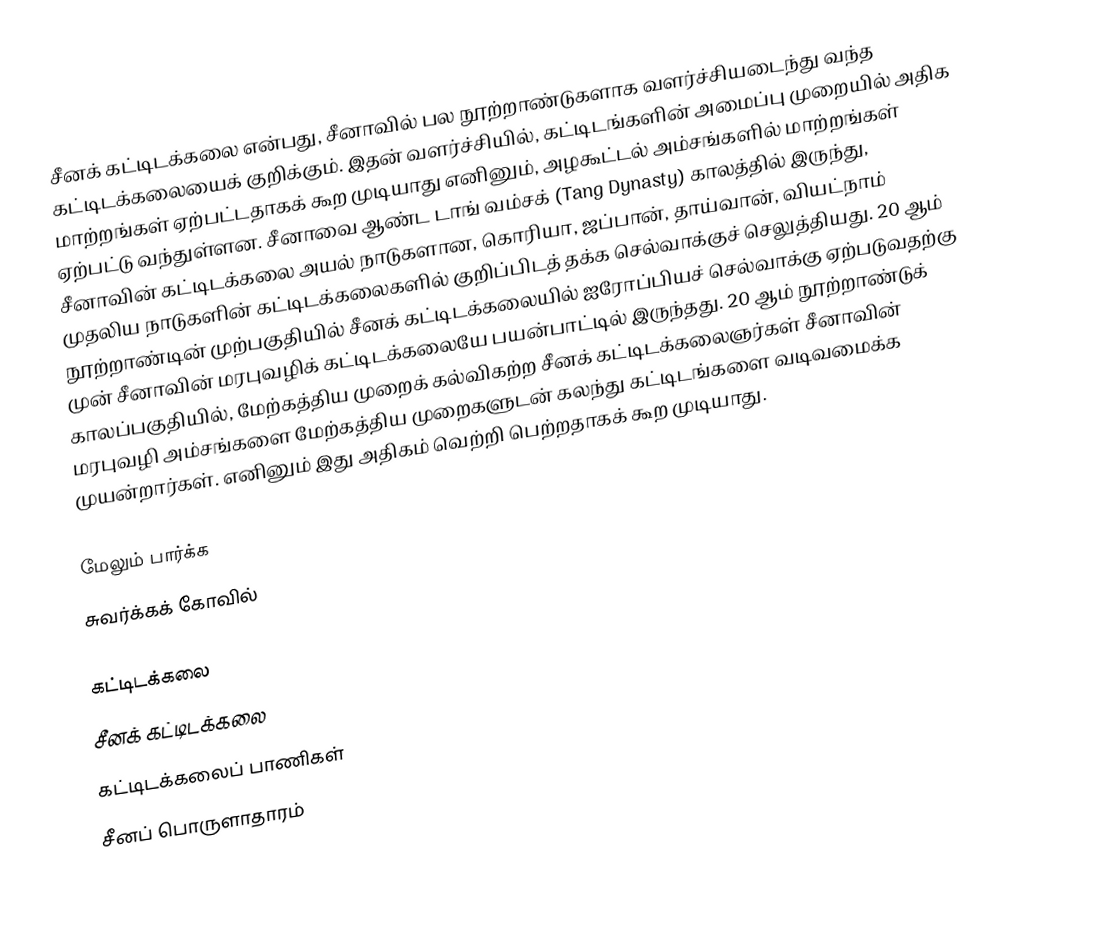
சீனக் கட்டிடக்கலை என்பது, சீனாவில் பல நூற்றாண்டுகளாக வளர்ச்சியடைந்து வந்த கட்டிடக்கலையைக் குறிக்கும். இதன் வளர்ச்சியில், கட்டிடங்களின் அமைப்பு முறையில் அதிக மாற்றங்கள் ஏற்பட்டதாகக் கூற முடியாது எனினும், அழகூட்டல் அம்சங்களில் மாற்றங்கள் ஏற்பட்டு வந்துள்ளன. சீனாவை ஆண்ட டாங் வம்சக் (Tang Dynasty) காலத்தில் இருந்து, சீனாவின் கட்டிடக்கலை அயல் நாடுகளான, கொரியா, ஜப்பான், தாய்வான், வியட்நாம் முதலிய நாடுகளின் கட்டிடக்கலைகளில் குறிப்பிடத் தக்க செல்வாக்குச் செலுத்தியது. 20 ஆம் நூற்றாண்டின் முற்பகுதியில் சீனக் கட்டிடக்கலையில் ஐரோப்பியச் செல்வாக்கு ஏற்படுவதற்கு முன் சீனாவின் மரபுவழிக் கட்டிடக்கலையே பயன்பாட்டில் இருந்தது. 20 ஆம் நூற்றாண்டுக் காலப்பகுதியில், மேற்கத்திய முறைக் கல்விகற்ற சீனக் கட்டிடக்கலைஞர்கள் சீனாவின் மரபுவழி அம்சங்களை மேற்கத்திய முறைகளுடன் கலந்து கட்டிடங்களை வடிவமைக்க முயன்றார்கள். எனினும் இது அதிகம் வெற்றி பெற்றதாகக் கூற முடியாது.

மேலும் பார்க்க
 சுவர்க்கக் கோவில்

கட்டிடக்கலை
சீனக் கட்டிடக்கலை
கட்டிடக்கலைப் பாணிகள்
சீனப் பொருளாதாரம்